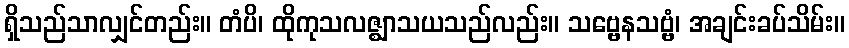
ရှိသည်သာလျှင်တည်း။ တံပိ၊ ထိုကုသလဇ္ဈာသယသည်လည်း။ သဗ္ဗေနသဗ္ဗံ၊ အချင်းခပ်သိမ်း။